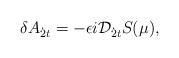
LaTeX: \begin{align*}\delta A_{{\dot 2}t}=-\epsilon i {\cal D}_{{\dot2}t}S(\mu),\end{align*}